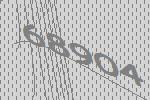
68904